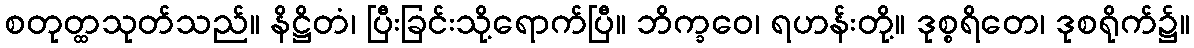
စတုတ္ထသုတ်သည်။ နိဋ္ဌိတံ၊ ပြီးခြင်းသို့ရောက်ပြီ။ ဘိက္ခဝေ၊ ရဟန်းတို့။ ဒုစ္စရိတေ၊ ဒုစရိုက်၌။